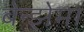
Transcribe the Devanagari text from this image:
बेन्झेमा